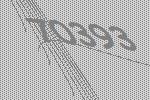
70393